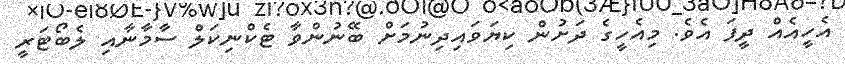
އެހީއެއް ދީފަ އެވެ. މިއެހީގެ ދަށުން ކިޔަވައިދިނުމަށް ބޭނުންވާ ޓެކްނިކަލް ސާމާނާއި ލެބޯޓަރީ